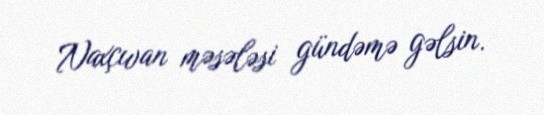
Naxçıvan məsələsi gündəmə gəlsin.